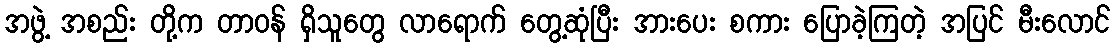
အဖွဲ့ အစည်း တို့က တာဝန် ရှိသူတွေ လာရောက် တွေ့ဆုံပြီး အားပေး စကား ပြောခဲ့ကြတဲ့ အပြင် မီးလောင်